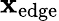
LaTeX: \mathbf{x}_{\mathrm{{{edge}}}}